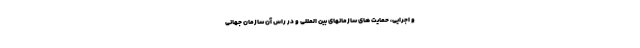
و اجرایی، حمایت های سازمانهای بین المللی و در راس آن سازمان جهانی